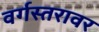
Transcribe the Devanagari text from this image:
वर्गस्तरावर